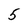
Character: 5